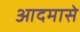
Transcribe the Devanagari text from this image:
आदमासे